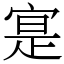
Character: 寔